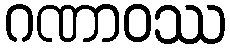
ဂဏာဝဿ